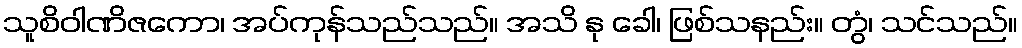
သူစိဝါဏိဇကော၊ အပ်ကုန်သည်သည်။ အသိ နု ခေါ၊ ဖြစ်သနည်း။ တွံ၊ သင်သည်။